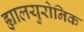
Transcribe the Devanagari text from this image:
ह्यालयुरोनिक